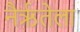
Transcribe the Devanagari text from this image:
नैर्ऋतेला